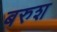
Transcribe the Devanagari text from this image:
बरुश